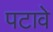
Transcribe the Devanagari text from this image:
पटावे